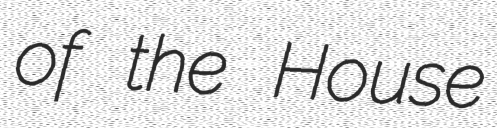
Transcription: of the House